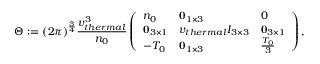
\Theta : = ( 2 \pi ) ^ { \frac { 3 } { 4 } } \frac { v _ { t h e r m a l } ^ { 3 } } { n _ { 0 } } \left( \begin{array} { l l l } { n _ { 0 } } & { \mathbf { 0 } _ { 1 \times 3 } } & { 0 } \\ { \mathbf { 0 } _ { 3 \times 1 } } & { v _ { t h e r m a l } I _ { 3 \times 3 } } & { \mathbf { 0 } _ { 3 \times 1 } } \\ { - T _ { 0 } } & { \mathbf { 0 } _ { 1 \times 3 } } & { \frac { T _ { 0 } } { 3 } } \end{array} \right) ,